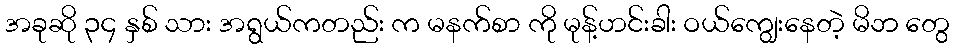
အခုဆို ၃၄ နှစ် သား အရွယ်ကတည်း က မနက်စာ ကို မုန့်ဟင်းခါး ဝယ်ကျွေးနေတဲ့ မိဘ တွေ